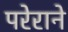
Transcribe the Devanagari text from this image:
परेराने